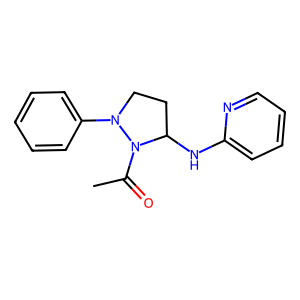
SMILES: CC(=O)N1C(Nc2ccccn2)CCN1c1ccccc1
Inhibits HIV replication: No